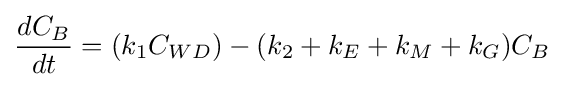
{\frac {dC_{B}}{dt}}=(k_{1}C_{WD})-(k_{2}+k_{E}+k_{M}+k_{G})C_{B}